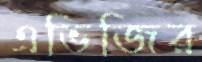
এভিজির